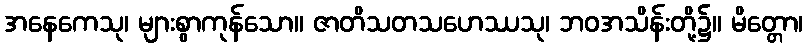
အနေကေသု၊ များစွာကုန်သော။ ဇာတိသတသဟေဿသု၊ ဘဝအသိန်းတို့၌။ မိတ္တော၊